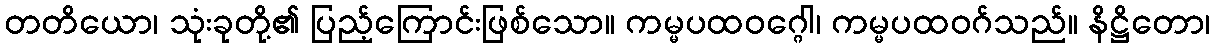
တတိယော၊ သုံးခုတို့၏ ပြည့်ကြောင်းဖြစ်သော။ ကမ္မပထဝဂ္ဂေါ၊ ကမ္မပထဝဂ်သည်။ နိဋ္ဌိတော၊